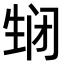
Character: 𬎵